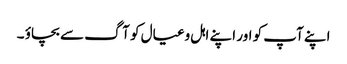
اپنے آپ کو اور اپنے اہل وعیال کو آگ سے بچاؤ ۔